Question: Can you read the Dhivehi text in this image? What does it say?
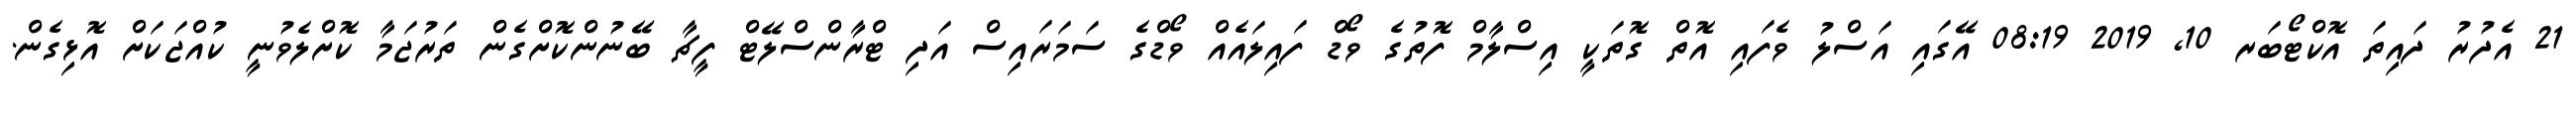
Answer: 21 އެދުރު ދައިތަ އޮކްޓޯބަރ 10, 2019 08:19 އޭގައި އަސްލު ވެފައި އޮތް ގޮތަކީ އިސްލާމް ފޮތުގެ ވޯޑް ފައިލައެއް ވޯޑްގެ ސަމަރައިސް އަދި ޓްރާންސްލޭޓް ފީޗާ ބޭނުންކޮށްގެން ތަރުޖަމާ ކޮށްލެވުނީ ކުއްޖަކަށް އޮޅިގެން.